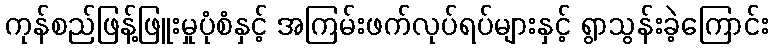
ကုန်စည်ဖြန့်ဖြူးမှုပုံစံနှင့် အကြမ်းဖက်လုပ်ရပ်များနှင့် ရွာသွန်းခဲ့ကြောင်း